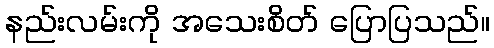
နည်းလမ်းကို အသေးစိတ် ပြောပြသည်။